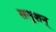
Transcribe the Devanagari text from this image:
सलूशन्